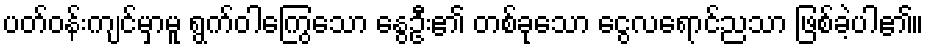
ပတ်ဝန်းကျင်မှာမူ ရွက်ဝါကြွေသော နွေဦး၏ တစ်ခုသော ငွေလရောင်ညသာ ဖြစ်ခဲ့ပါ၏။